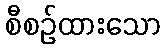
စီစဉ်ထားသော